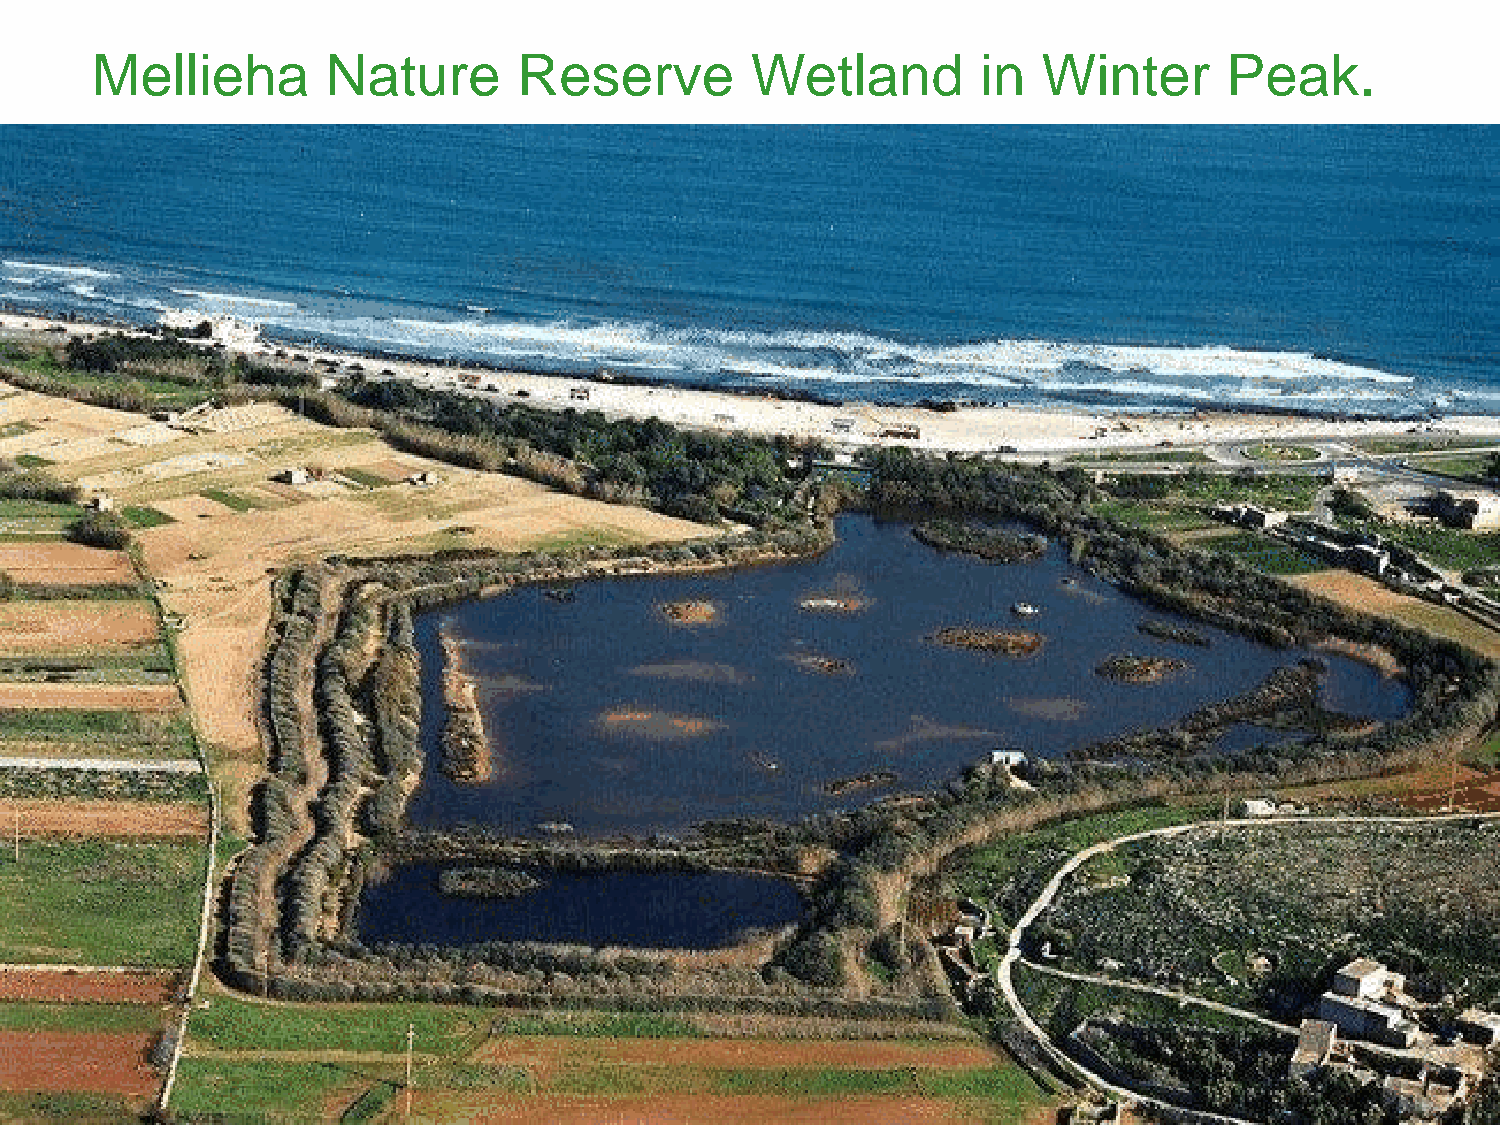
Mellieha        Nature      Reserve         Wetland        in  Winter      Peak.